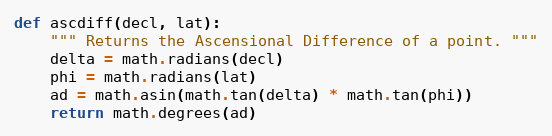
Language: Python
def ascdiff(decl, lat):
    """ Returns the Ascensional Difference of a point. """
    delta = math.radians(decl)
    phi = math.radians(lat)
    ad = math.asin(math.tan(delta) * math.tan(phi))
    return math.degrees(ad)